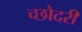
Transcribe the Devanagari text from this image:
च्छोदरी